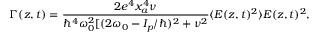
\Gamma ( z , t ) = \frac { 2 e ^ { 4 } x _ { a } ^ { 4 } \nu } { \hbar ^ { 4 } \omega _ { 0 } ^ { 2 } [ ( 2 \omega _ { 0 } - I _ { p } / \hbar ) ^ { 2 } + \nu ^ { 2 } } \langle E ( z , t ) ^ { 2 } \rangle E ( z , t ) ^ { 2 } ,